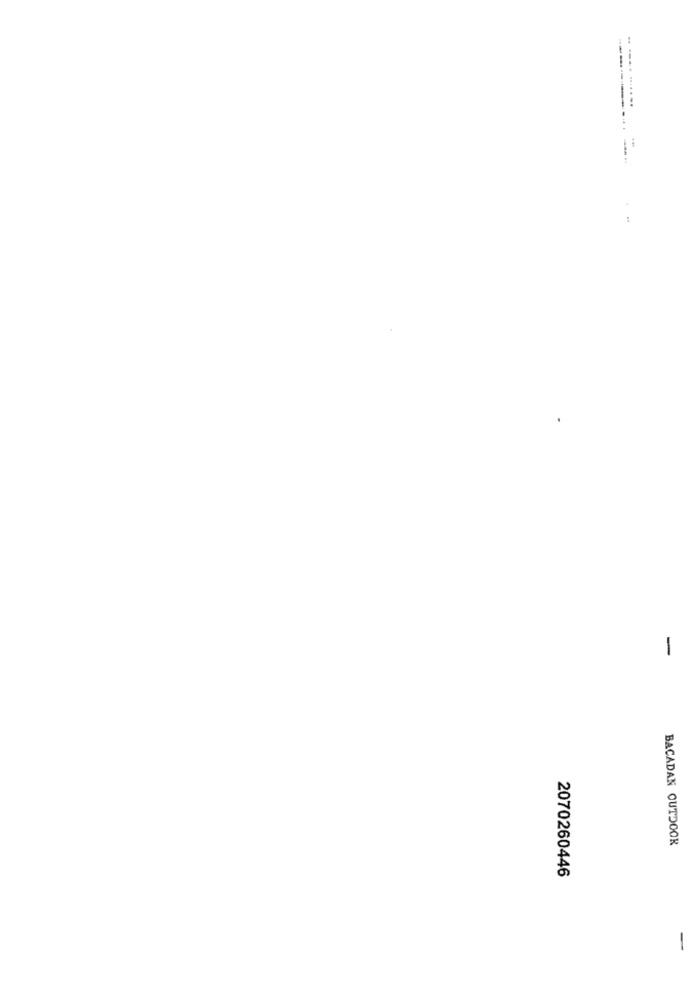
.. .... .......
-
BACADAN OUTDOOR
2070260446
-